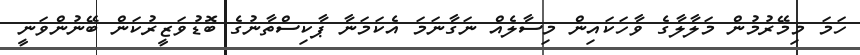
ހަމަ މިމޭރުމުން މަލާލާގެ ވާހަކައިން މިސާލެއް ނަގާނަމަ އެކަމަނާ ޕާކިސްތާނުގެ ބޮޑުވަޒީރުކަން ބޭނުންވަނީ